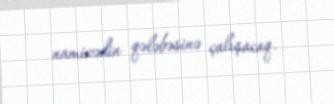
namizədin qələbəsinə çalışacaq.